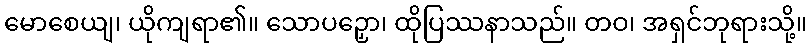
မောစေယျ၊ ယိုကျရာ၏။ သောပဉှော၊ ထိုပြဿနာသည်။ တဝ၊ အရှင်ဘုရားသို့။